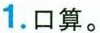
1.口算。